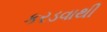
કરડવાથી